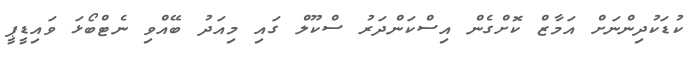
ކުޑަކުދިންނަށް އަމާޒް ކޮށްގެން އިސްކަންދަރު ސްކޫލް ގައި މިއަދު ބޭއްވި ނެޓްބޯޅަ ވައިޑީޕީ